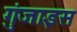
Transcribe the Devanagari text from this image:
गुंजाइस